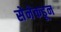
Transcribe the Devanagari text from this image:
सेनेकडून